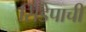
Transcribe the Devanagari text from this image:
सिंडेपाची